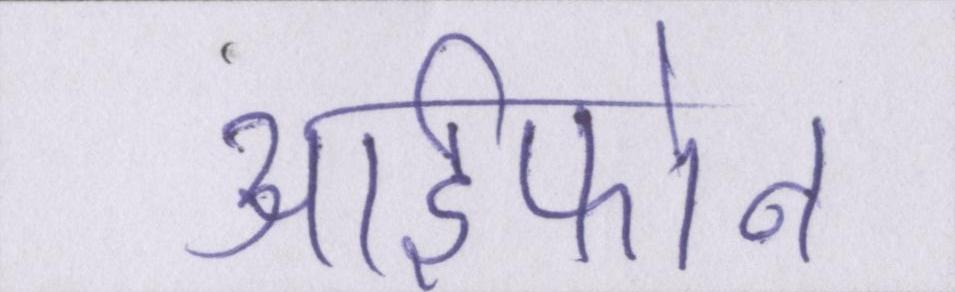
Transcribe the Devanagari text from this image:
आईफोन